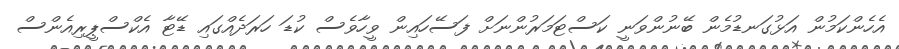
އެހެންކަމުން އަޅުގަނޑުމެން ބޭނުންވަނީ ކަސްޓަމަރުންނަށް ފަސޭހައިން ވީހާވެސް ކުޑަ ހަރަދެއްގައި ޑޭޓާ އެކްސްޕީރިއެންސް